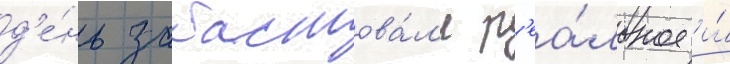
д'е́нь забастова́л'и р'еа́льное и́